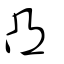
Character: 凸